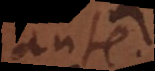
ante.